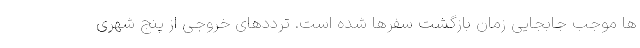
ها موجب جابجایی زمان بازگشت سفرها شده است. ترددهای خروجی از پنج شهری